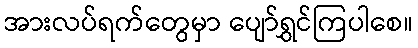
အားလပ်ရက်တွေမှာ ပျော်ရွှင်ကြပါစေ။